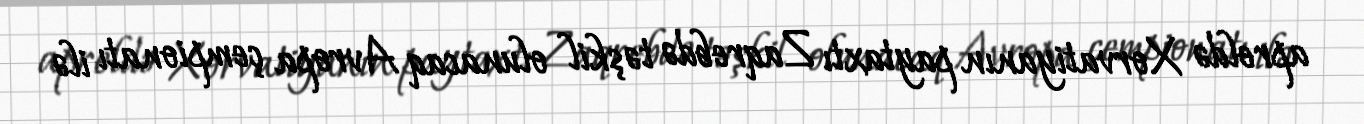
apreldə Xorvatiyanın paytaxtı Zaqrebdə təşkil olunacaq Avropa çempionatı ilə